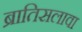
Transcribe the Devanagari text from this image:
ब्रातिसलावा